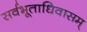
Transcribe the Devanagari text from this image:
सर्वभूताधिवासम्